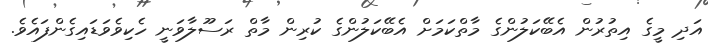
އަދި މީގެ އިތުރުން އެބޭކަލުންގެ މާތްކަމަށް އެބޭކަލުންގެ ކުރިން މާތް ރަސޫލާވަނީ ހެކިވެވަޑައިގެންފައެވެ.